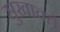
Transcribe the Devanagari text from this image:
सुखावते